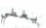
يغطي